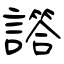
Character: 譗